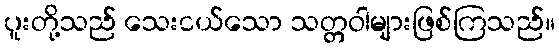
ပူးတို့သည် သေးငယ်သော သတ္တဝါများဖြစ်ကြသည်။